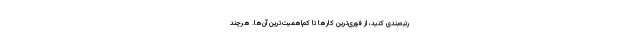
رتبه‌بندی کنید، از فوری‌ترین کارها تا کم‌اهمیت‌ترینِ آن‌ها. هرچند